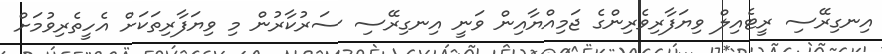
އިނގިރޭސި ރީޓެއިލް ވިޔަފާރިވެރިންގެ ޖަމިއްޔާއިން ވަނީ އިނގިރޭސި ސަރުކާރުން މި ވިޔަފާރިތަކަށް އެހީތެރިވުމަށް